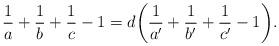
LaTeX: \begin{align*}\frac{1}{a} + \frac{1}{b} + \frac{1}{c} - 1 = d \bigg{(} \frac{1}{a'} + \frac{1}{b'} + \frac{1}{c'} - 1 \bigg{)}.\end{align*}